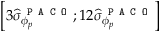
\left[ 3 \widehat { \sigma } _ { \phi _ { p } } ^ { \texttt { P A C O } } ; 1 2 \widehat { \sigma } _ { \phi _ { p } } ^ { \texttt { P A C O } } \right]